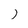
Character: j